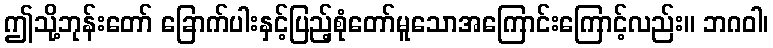
ဤသို့ဘုန်းတော် ခြောက်ပါးနှင့်ပြည့်စုံတော်မူသောအကြောင်းကြောင့်လည်း။ ဘဂဝါ၊